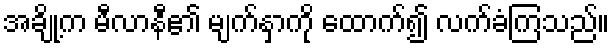
အချို့က မီလာနီ၏ မျက်နှာကို ထောက်၍ လက်ခံကြသည်။